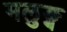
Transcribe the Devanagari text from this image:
मलुङ्ग